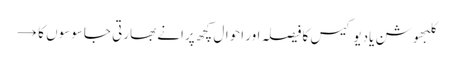
کلبھوشن یادیو کیس کا فیصلہ اور احوال کچھ پرانے بھارتی جاسوسوں کا →